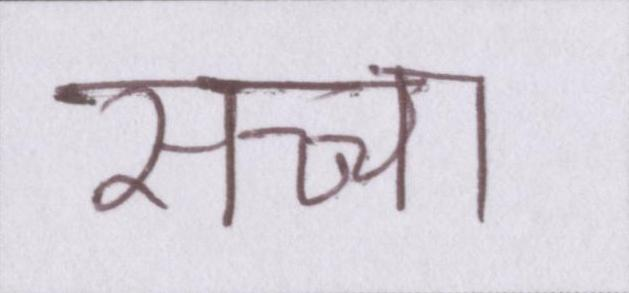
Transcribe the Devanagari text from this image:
सच्चा